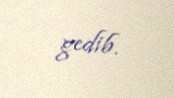
gedib.